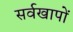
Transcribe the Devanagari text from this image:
सर्वखापों